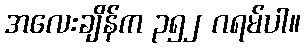
အလေးချိန်က ၃၅၂ ဂရမ်ပါ။